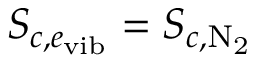
{ S _ { c , e _ { \mathrm { v i b } } } } = { S _ { c , { \mathrm { N _ { 2 } } } } }